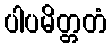
ပါပမိတ္တတံ